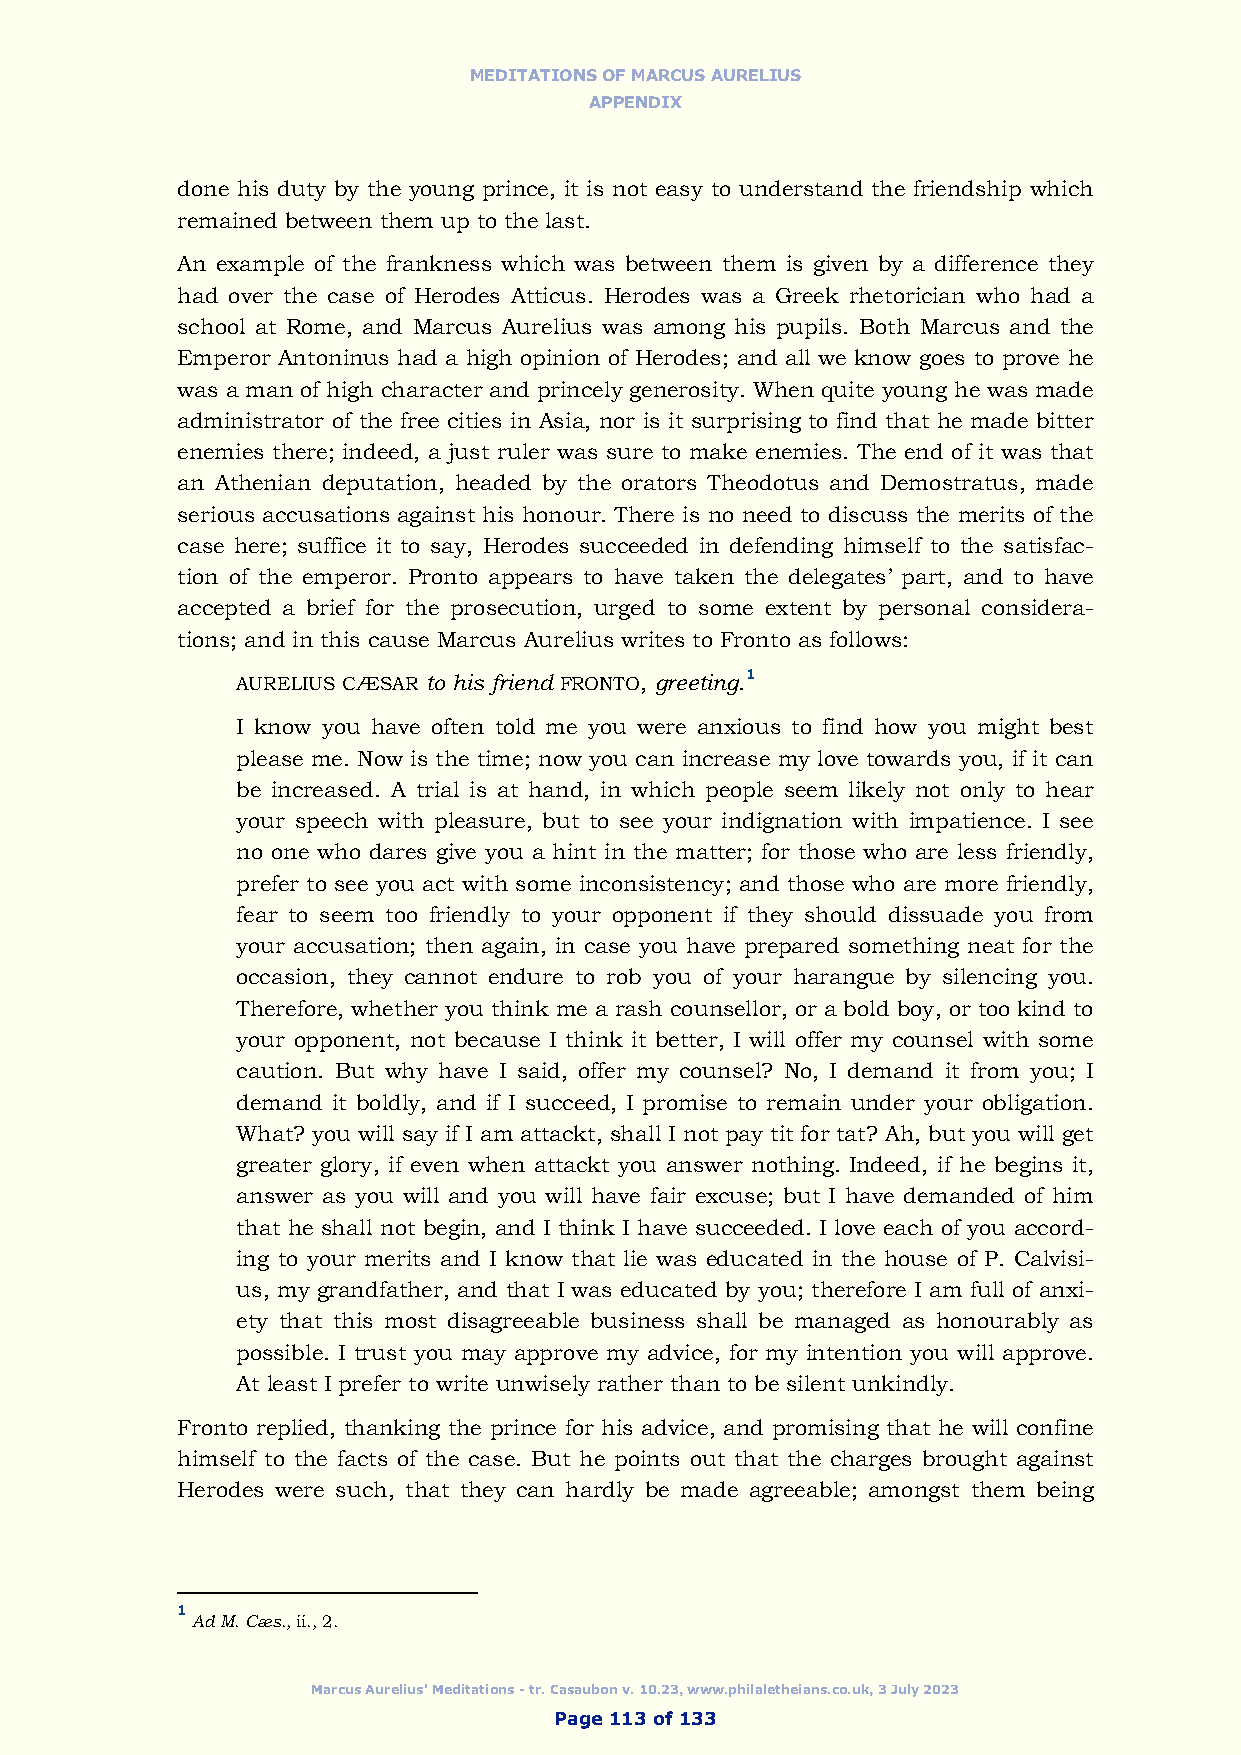
MEDITATIONS OF MARCUS AURELIUS
 APPENDIX
 done his duty by the young prince, it is not easy to understand the friendship which
 remained between them up to the last.
 An example of the frankness which was between them is given by a difference they
 had over the case of Herodes Atticus. Herodes was a Greek rhetorician who had a
 school at Rome, and Marcus Aurelius was among his pupils. Both Marcus and the
 Emperor Antoninus had a high opinion of Herodes; and all we know goes to prove he
 was a man of high character and princely generosity. When quite young he was made
 administrator of the free cities in Asia, nor is it surprising to find that he made bitter
 enemies there; indeed, a just ruler was sure to make enemies. The end of it was that
 an Athenian deputation, headed by the orators Theodotus and Demostratus, made
 serious accusations against his honour. There is no need to discuss the merits of the
 case here; suffice it to say, Herodes succeeded in defending himself to the satisfac-
 tion of the emperor. Pronto appears to have taken the delegates’ part, and to have
 accepted a brief for the prosecution, urged to some extent by personal considera-
 tions; and in this cause Marcus Aurelius writes to Fronto as follows:
 AURELIUS CÆSAR to his friend FRONTO, greeting.1
 I know you have often told me you were anxious to find how you might best
 please me. Now is the time; now you can increase my love towards you, if it can
 be increased. A trial is at hand, in which people seem likely not only to hear
 your speech with pleasure, but to see your indignation with impatience. I see
 no one who dares give you a hint in the matter; for those who are less friendly,
 prefer to see you act with some inconsistency; and those who are more friendly,
 fear to seem too friendly to your opponent if they should dissuade you from
 your accusation; then again, in case you have prepared something neat for the
 occasion, they cannot endure to rob you of your harangue by silencing you.
 Therefore, whether you think me a rash counsellor, or a bold boy, or too kind to
 your opponent, not because I think it better, I will offer my counsel with some
 caution. But why have I said, offer my counsel? No, I demand it from you; I
 demand it boldly, and if I succeed, I promise to remain under your obligation.
 What? you will say if I am attackt, shall I not pay tit for tat? Ah, but you will get
 greater glory, if even when attackt you answer nothing. Indeed, if he begins it,
 answer as you will and you will have fair excuse; but I have demanded of him
 that he shall not begin, and I think I have succeeded. I love each of you accord-
 ing to your merits and I know that lie was educated in the house of P. Calvisi-
 us, my grandfather, and that I was educated by you; therefore I am full of anxi-
 ety that this most disagreeable business shall be managed as honourably as
 possible. I trust you may approve my advice, for my intention you will approve.
 At least I prefer to write unwisely rather than to be silent unkindly.
 Fronto replied, thanking the prince for his advice, and promising that he will confine
 himself to the facts of the case. But he points out that the charges brought against
 Herodes were such, that they can hardly be made agreeable; amongst them being
 1
 Ad M. Cæs., ii., 2.
 Marcus Aurelius' Meditations - tr. Casaubon v. 10.23, www.philaletheians.co.uk, 3 July 2023
 Page 113 of 133